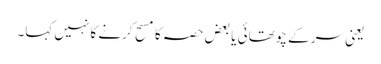
یعنی سر کے چوتھائی یا بعض حصہ کا مسح کرنے کا نہیں کہا۔